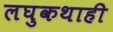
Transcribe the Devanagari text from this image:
लघुकथाही